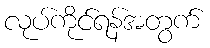
လုပ်ကိုင်ရန်အတွက်